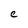
Character: C